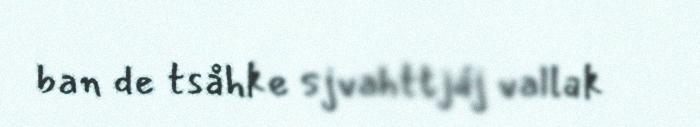
ban de tsåhke sjvahttjáj vallak